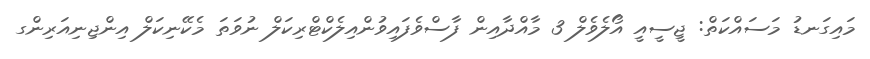
މައިގަނޑު މަސައްކަތް: ޖީސީއީ އޯލެވެލް 3 މާއްދާއިން ފާސްވެފައިވުންއިލެކްޓްރިކަލް ނުވަތަ މެކޭނިކަލް އިންޖިނިއަރިންގ